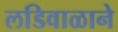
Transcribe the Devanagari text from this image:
लडिवाळाने